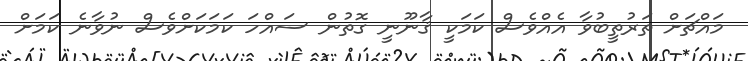
މައްޗަށް ތަރުތީބުވާ އެއްވެސް ކަމަކީ ޤާނޫނީ ގޮތުން ސައްހަ ކަމަކަށްވެސް ނުވާނެ ކަމަށް